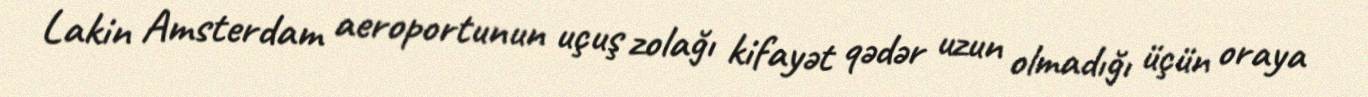
Lakin Amsterdam aeroportunun uçuş zolağı kifayət qədər uzun olmadığı üçün oraya